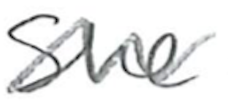
Text: She
Cross-out: wave
Writing tool: pencil